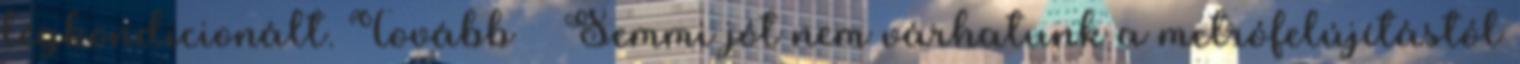
légkondicionált. Tovább › ›Semmi jót nem várhatunk a metrófelújítástól